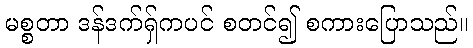
မစ္စတာ ဒန်ဒက်ရှ်ကပင် စတင်၍ စကားပြောသည်။